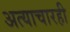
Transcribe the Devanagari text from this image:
अत्याचारही